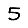
Digit: 5